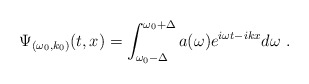
\begin{align*}\Psi _{(\omega _{0},k_{0})}(t,x)=\int_{\omega _{0}-\Delta }^{\omega_{0}+\Delta }a(\omega )e^{i\omega t-ikx}d\omega ~.\end{align*}